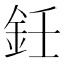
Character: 鈓